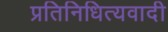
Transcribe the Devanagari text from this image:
प्रतिनिधित्यवादी